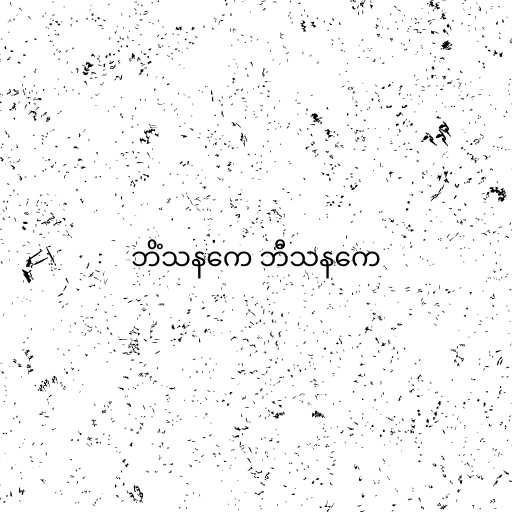
ဘိံသနကေ ဘီသနကေ